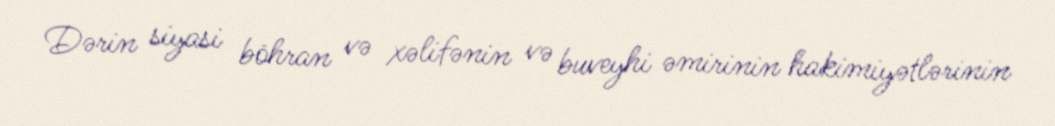
Dərin siyasi böhran və xəlifənin və buveyhi əmirinin hakimiyətlərinin